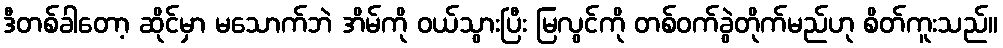
ဒီတစ်ခါတော့ ဆိုင်မှာ မသောက်ဘဲ အိမ်ကို ဝယ်သွားပြီး မြလွင်ကို တစ်ဝက်ခွဲတိုက်မည်ဟု စိတ်ကူးသည်။